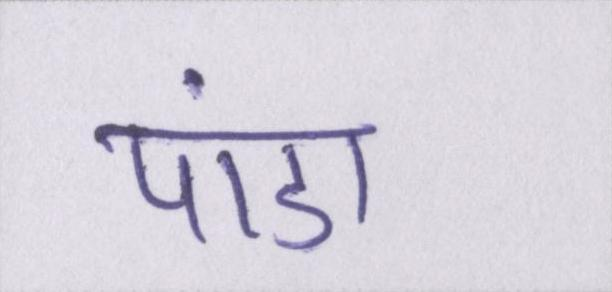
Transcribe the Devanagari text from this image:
पांडा